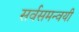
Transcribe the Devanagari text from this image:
सर्वसमन्‍वयी